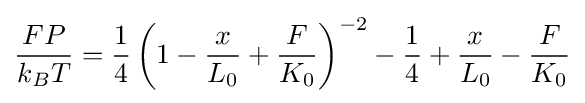
{\frac {FP}{k_{B}T}}={\frac {1}{4}}\left(1-{\frac {x}{L_{0}}}+{\frac {F}{K_{0}}}\right)^{-2}-{\frac {1}{4}}+{\frac {x}{L_{0}}}-{\frac {F}{K_{0}}}